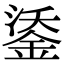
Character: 鋈